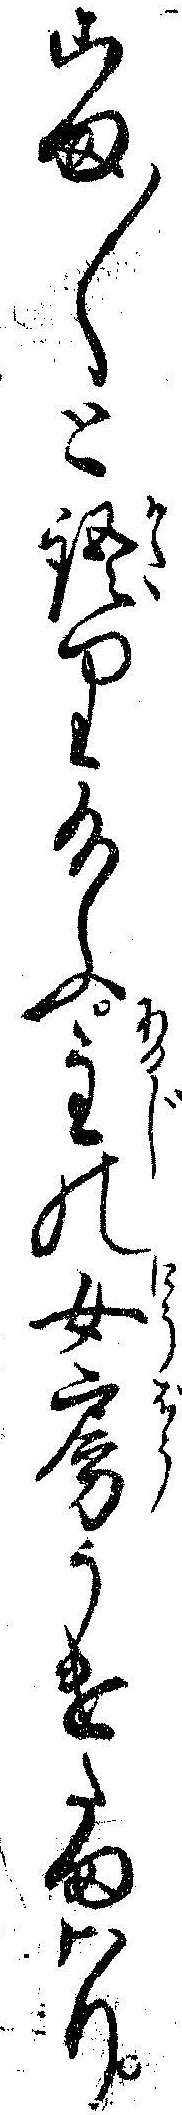
こま〱と語り給ふ主の女房うけたまハり